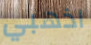
اذهبي